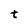
Character: t